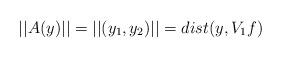
LaTeX: \begin{align*}||A(y)||=||(y_1,y_2)||=dist(y,V_1f)\end{align*}